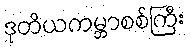
ဒုတိယကမ္ဘာစစ်ကြီး